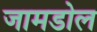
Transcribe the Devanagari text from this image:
जामडोल